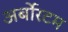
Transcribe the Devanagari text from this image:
अर्बोरटम